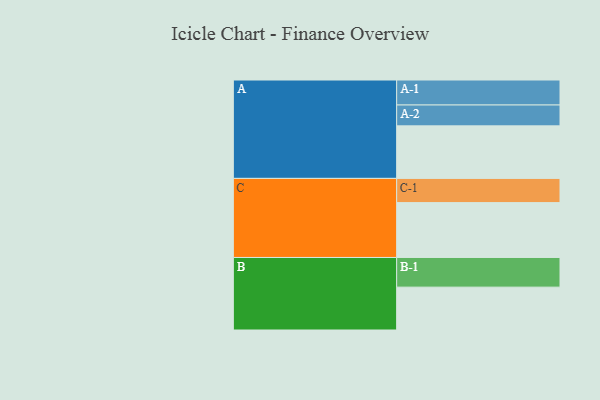
{"axis": {"x": "Segment", "y": "Value"}, "legend": ["", "A", "B", "C"], "data": [{"x": "A", "y": 473, "type": ""}, {"x": "B", "y": 386, "type": ""}, {"x": "C", "y": 494, "type": ""}, {"x": "A-1", "y": 225, "type": "A"}, {"x": "A-2", "y": 188, "type": "A"}, {"x": "B-1", "y": 267, "type": "B"}, {"x": "C-1", "y": 218, "type": "C"}]}